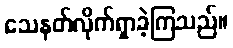
သေနတ်လိုက်ရှာခဲ့ကြသည်။